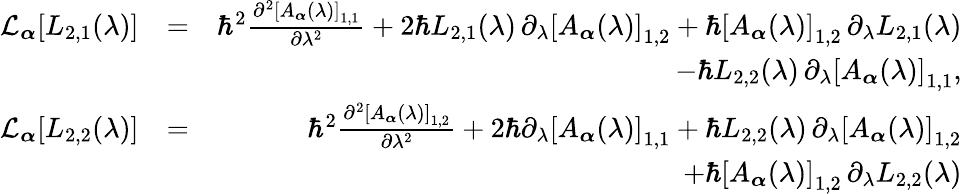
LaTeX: \begin{array}{rlr}{\mathcal{L}_{\boldsymbol{\alpha}}[L_{2,1}(\lambda)]}&{=}&{\hbar^{2}\frac{\partial^{2}\left[A_{\boldsymbol{\alpha}}(\lambda)\right]_{1,1}}{\partial\lambda^{2}}+2\hbar L_{2,1}(\lambda)\, \partial_{\lambda}\left[A_{\boldsymbol{\alpha}}(\lambda)\right]_{1,2}+\hbar\left[A_{\boldsymbol{\alpha}}(\lambda)\right]_{1,2}\, \partial_{\lambda}L_{2,1}(\lambda)}\\ &{}&{-\hbar L_{2,2}(\lambda)\, \partial_{\lambda}\left[A_{\boldsymbol{\alpha}}(\lambda)\right]_{1,1},}\\ {\mathcal{L}_{\boldsymbol{\alpha}}[L_{2,2}(\lambda)]}&{=}&{\hbar^{2}\frac{\partial^{2}\left[A_{\boldsymbol{\alpha}}(\lambda)\right]_{1,2}}{\partial\lambda^{2}}+2\hbar\partial_{\lambda}\left[A_{\boldsymbol{\alpha}}(\lambda)\right]_{1,1}+\hbar L_{2,2}(\lambda)\, \partial_{\lambda}\left[A_{\boldsymbol{\alpha}}(\lambda)\right]_{1,2}}\\ &{}&{+\hbar\left[A_{\boldsymbol{\alpha}}(\lambda)\right]_{1,2}\, \partial_{\lambda}L_{2,2}(\lambda)}\end{array}